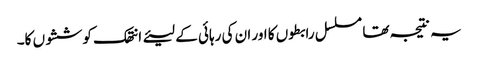
یہ نتیجہ تھا مسلسل رابطوں کا اور ان کی رہائی کے لیئے انتھک کوششوں کا۔